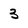
Character: 3